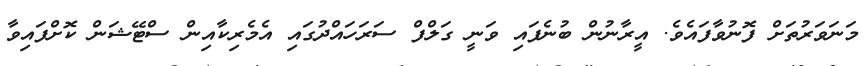
މަނަވަރުތަށް ފޮނުވާފައެވެ. އީރާނުން ބުނެފައި ވަނީ ގަލްފް ސަރަހައްދުގައި އެމެރިކާއިން ސްޓޭޝަން ކޮށްފައިވާ